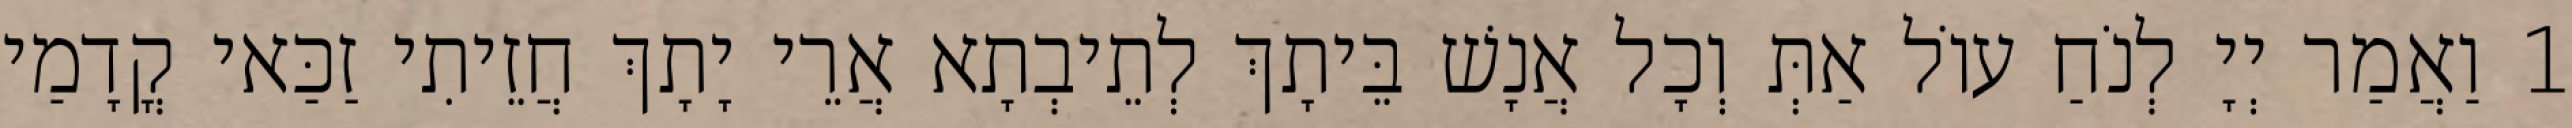
1 וַאֲמַר יְיָ לְנֹחַ עוֹל אַתְּ וְכָל אֲנָשׁ בֵּיתָךְ לְתֵיבְתָא אֲרֵי יָתָךְ חֲזֵיתִי זַכַּאי קֳדָמַי